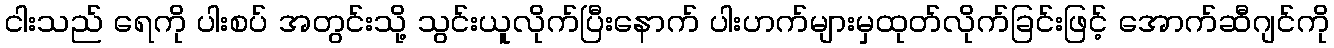
ငါးသည် ရေကို ပါးစပ် အတွင်းသို့ သွင်းယူလိုက်ပြီးနောက် ပါးဟက်များမှထုတ်လိုက်ခြင်းဖြင့် အောက်ဆီဂျင်ကို